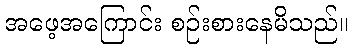
အဖေ့အကြောင်း စဉ်းစားနေမိသည်။